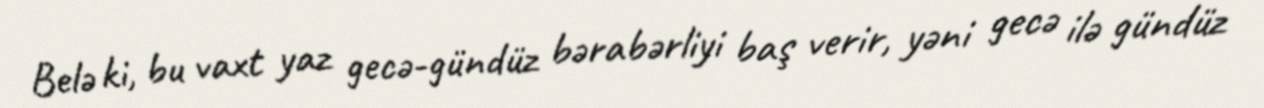
Belə ki, bu vaxt yaz gecə-gündüz bərabərliyi baş verir, yəni gecə ilə gündüz